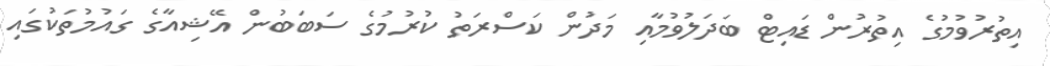
އިތުރުވުމުގެ އިތުރުން ޑައިޓް ބަދަލުވުމާއި މަދުން ކަސްރަތު ކުރުމުގެ ސަބަބުން އޭޝިއާގެ ގައުމުތަކުގައި